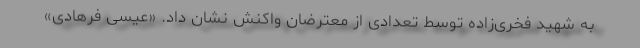
به شهید فخری‌زاده توسط تعدادی از معترضان واکنش نشان داد. «عیسی فرهادی»